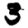
Digit: 3